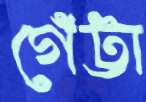
গেঁট্টা